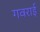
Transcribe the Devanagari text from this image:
गवराई